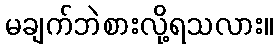
မချက်ဘဲစားလို့ရသလား။